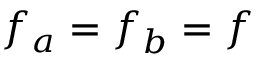
f _ { a } = f _ { b } = f